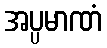
အပ္ပမာဏံ